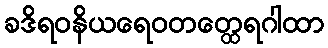
ခဒိရဝနိယရေဝတတ္ထေရဂါထာ